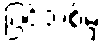
ပြင်သစ်မှ